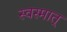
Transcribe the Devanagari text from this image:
स्वस्मात्